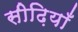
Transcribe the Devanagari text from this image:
सीढ़ियाँ